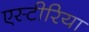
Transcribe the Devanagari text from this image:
एस्टीरिया